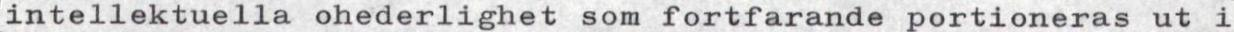
intellektuella ohederlighet som fortfarande portioneras ut i